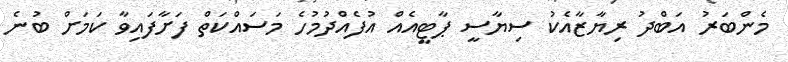
މެންބަރު އަބްދު ރިޔާޒާއެކު ސިޔާސީ ޕާޓީއެއް އުފެއްދުމުހެ މަސައްކަތް ފަށާފައިވާ ކަމަށް ބުނެ